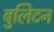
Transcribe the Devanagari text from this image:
बुलिटन